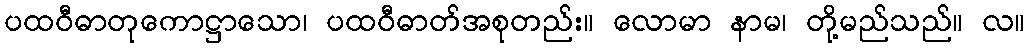
ပထဝီဓာတုကောဋ္ဌာသော၊ ပထဝီဓာတ်အစုတည်း။ လောမာ နာမ၊ တို့မည်သည်။ လ။